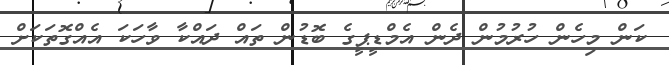
ކަން މިހެން ހުރުމުން ދެން އެމްޑީޕީގެ ބޮޑުން ތައް ދައްކާ ވާހަކަ އެއްގޮތަކަށް